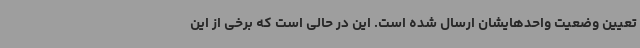
تعیین وضعیت واحدهایشان ارسال شده است. این در حالی است که برخی از این